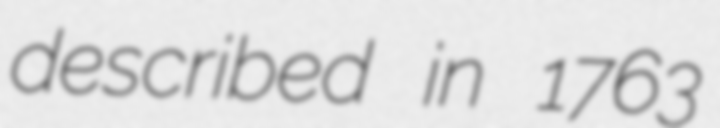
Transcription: described in 1763